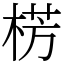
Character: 㭶